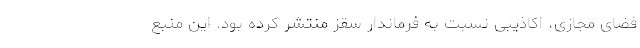
فضای مجازی، اکاذیبی نسبت به فرماندار سقز منتشر کرده بود. این منبع